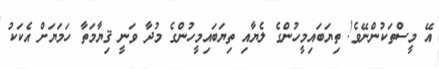
އޭ މީސްތަކުންނޭވެ! ތިޔަބައިމީހުންގެ ލެޔާއި ތިޔަބައިމީހުންގެ މުދާ ވަނީ ޤިޔާމަތާ ހަމަޔަށް އެކަކު